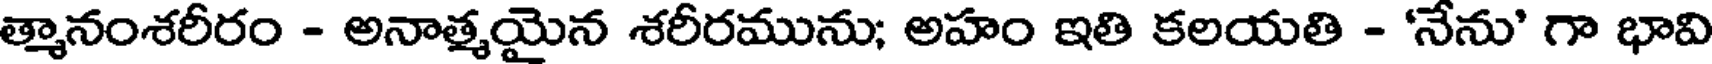
త్మానంశరీరం - అనాత్మయైన శరీరమును; అహం ఇతి కలయతి - 'నేను' గా భావి